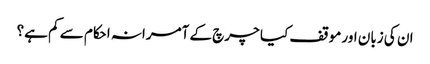
ان کی زبان اور موقف کیا چرچ کے آمرانہ احکام سے کم ہے؟